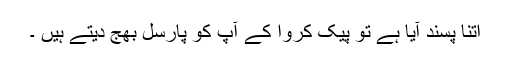
اتنا پسند آیا ہے تو پیک کروا کے آپ کو پارسل بھج دیتے ہیں ۔